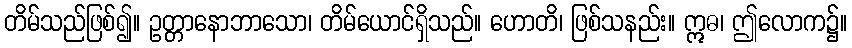
တိမ်သည်ဖြစ်၍။ ဥတ္တာနောဘာသော၊ တိမ်ယောင်ရှိသည်။ ဟောတိ၊ ဖြစ်သနည်း။ ဣဓ၊ ဤလောက၌။